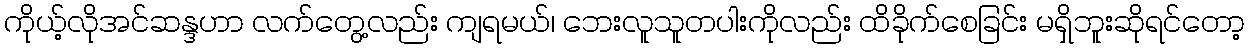
ကိုယ့်လိုအင်ဆန္ဒဟာ လက်တွေ့လည်း ကျရမယ်၊ ဘေးလူသူတပါးကိုလည်း ထိခိုက်စေခြင်း မရှိဘူးဆိုရင်တော့